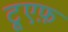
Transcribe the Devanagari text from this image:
टूएफ़